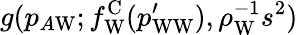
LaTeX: g(p_{A\mathrm{W}};f_{\mathrm{W}}^{\mathrm{C}}(p_{\mathrm{WW}}^{\prime}),\rho_{\mathrm{W}}^{-1}s^{2})